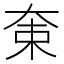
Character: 𡘝